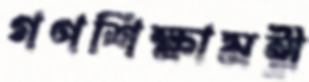
গণশিক্ষামন্ত্রী